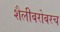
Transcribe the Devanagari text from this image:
शैलीबरोबरच